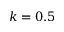
k = 0 . 5